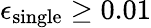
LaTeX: \epsilon_{\mathrm{single}}\geq 0.01